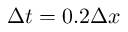
\Delta t = 0 . 2 \Delta x